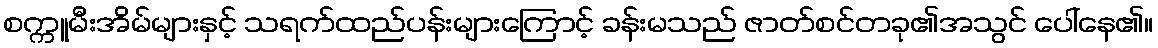
စက္ကူမီးအိမ်များနှင့် သရက်ထည်ပန်းများကြောင့် ခန်းမသည် ဇာတ်စင်တခု၏အသွင် ပေါ်နေ၏။